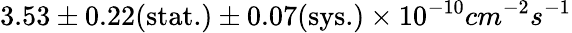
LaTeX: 3.53\pm 0.22\textrm{(stat.)}\pm 0.07\textrm{(sys.)}\times 10^{-10}cm^{-2}s^{-1}